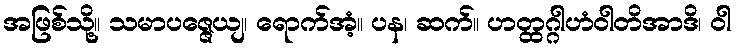
အဖြစ်သို့။ သမာပဇ္ဇေယျ၊ ရောက်အံ့။ ပန၊ ဆက်။ ဟတ္ထဂ္ဂါဟံဝါတိအာဒိ၊ ဝါ